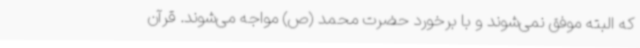
که البته موفق نمی‌شوند و با برخورد حضرت محمد (ص) مواجه می‌شوند. قرآن